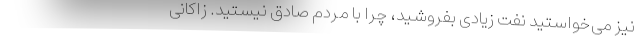
نیز می‌خواستید نفت زیادی بفروشید، چرا با مردم صادق نیستید. زاکانی